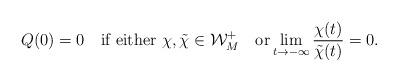
LaTeX: \begin{align*}Q(0)=0\quad\mbox{if either }\chi, \tilde{\chi} \in \mathcal{W}_M^+\quad\mbox{or}\lim\limits_{t\to -\infty}\dfrac{\chi(t)}{\tilde{\chi}(t)}=0.\end{align*}